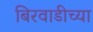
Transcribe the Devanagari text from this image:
बिरवाडीच्या